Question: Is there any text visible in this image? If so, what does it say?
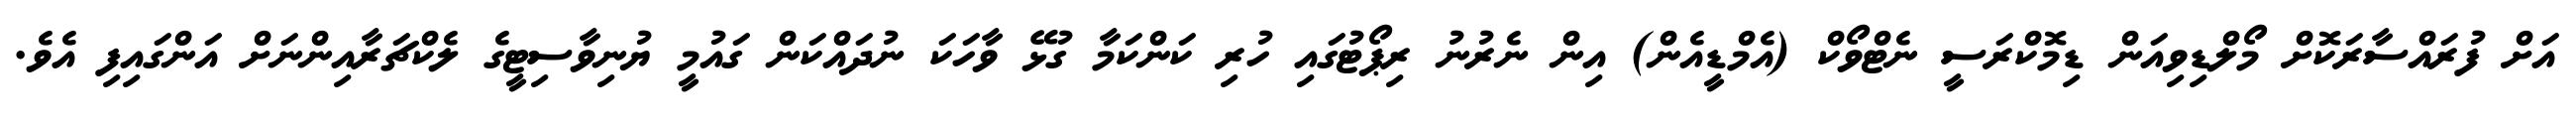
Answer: އަށް ފުރައްސާރަކޮށް މޯލްޑިވިއަން ޑިމޮކްރަސީ ނެޓްވޯކް (އެމްޑީއެން) އިން ނެރުނު ރިޕޯޓުގައި ހުރި ކަންކަމާ ގުޅޭ ވާހަކަ ނުދައްކަން ގައުމީ ޔުނިވާސިޓީގެ ލެކްޗަރާއިންނަށް އަންގައިފި އެވެ.